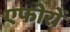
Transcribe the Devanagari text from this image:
एफोरों